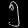
Digit: ၅